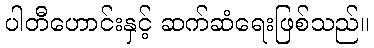
ပါတီဟောင်းနှင့် ဆက်ဆံရေးဖြစ်သည်။